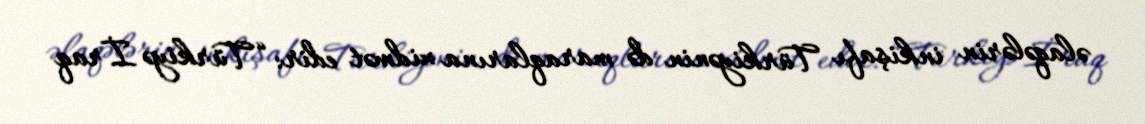
əlaqələrin inkişafı Türkiyənin də maraqlarına xidmət edir: “Türkiyə İraq